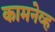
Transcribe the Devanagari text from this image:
कामनेव्ह